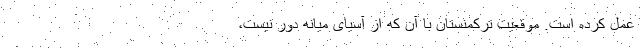
عمل کرده است. موقعیت ترکمنستان با آن که از آسیای میانه دور نیست،